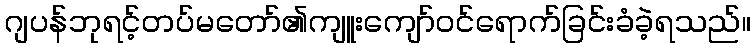
ဂျပန်ဘုရင့်တပ်မတော်၏ကျူးကျော်ဝင်ရောက်ခြင်းခံခဲ့ရသည်။